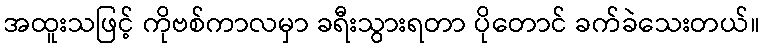
အထူးသဖြင့် ကိုဗစ်ကာလမှာ ခရီးသွားရတာ ပိုတောင် ခက်ခဲသေးတယ်။